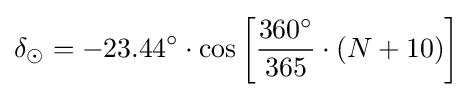
\delta _{\odot }=-23.44^{\circ }\cdot \cos \left[{\frac {360^{\circ }}{365}}\cdot \left(N+10\right)\right]